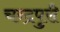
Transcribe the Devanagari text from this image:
चन्द्रपुरी